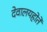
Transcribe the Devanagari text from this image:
देवालयहोते